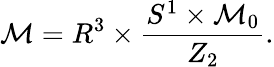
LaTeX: {\cal M}=R^{3}\times\frac{S^{1}\times{\cal M}_{0}}{Z_{2}}.